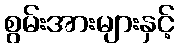
စွမ်းအားများနှင့်